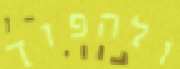
ולהפוך